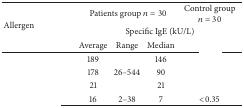
<table><thead><tr><td rowspan="3"><b>Allergen</b></td><td colspan="3"><b>Patients group <i>n</i> = 30</b></td><td><b>Control group <i>n</i> = 30</b></td></tr><tr><td colspan="4"><b>Specific IgE (kU/L)</b></td></tr><tr><td><b>Average </b></td><td><b>Range</b></td><td><b>Median</b></td><td>[EMPTY_CELL]</td></tr></thead><tbody><tr><td>[EMPTY_CELL]</td><td>189</td><td>[EMPTY_CELL]</td><td>146</td><td>[EMPTY_CELL]</td></tr><tr><td>[EMPTY_CELL]</td><td>178</td><td>26–544</td><td>90</td><td>[EMPTY_CELL]</td></tr><tr><td>[EMPTY_CELL]</td><td>21</td><td>[EMPTY_CELL]</td><td>21</td><td>[EMPTY_CELL]</td></tr><tr><td>[EMPTY_CELL]</td><td>16</td><td>2–38</td><td>7</td><td>&lt;0.35 </td></tr></tbody></table>